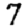
Digit: 7